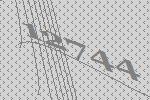
12744